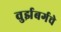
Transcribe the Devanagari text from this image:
वुर्झबर्गचे